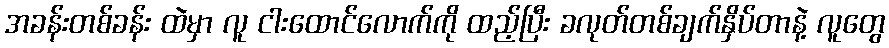
အခန်းတစ်ခန်း ထဲမှာ လူ ငါးထောင်လောက်ကို ထည့်ပြီး ခလုတ်တစ်ချက်နှိပ်တာနဲ့ လူတွေ